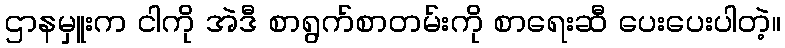
ဌာနမှူးက ငါကို အဲဒီ စာရွက်စာတမ်းကို စာရေးဆီ ပေးပေးပါတဲ့။